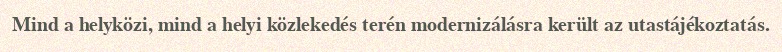
Mind a helyközi, mind a helyi közlekedés terén modernizálásra került az utastájékoztatás.